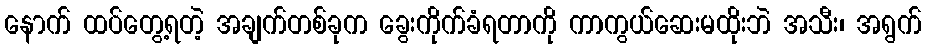
နောက် ထပ်တွေ့ရတဲ့ အချက်တစ်ခုက ခွေးကိုက်ခံရတာကို ကာကွယ်ဆေးမထိုးဘဲ အသီး၊ အရွက်